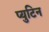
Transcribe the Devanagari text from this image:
प्युटिन